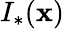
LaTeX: I_{\ast}(\mathbf{x})